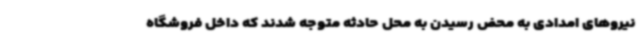
نیروهای امدادی به محض رسیدن به محل حادثه متوجه شدند که داخل فروشگاه